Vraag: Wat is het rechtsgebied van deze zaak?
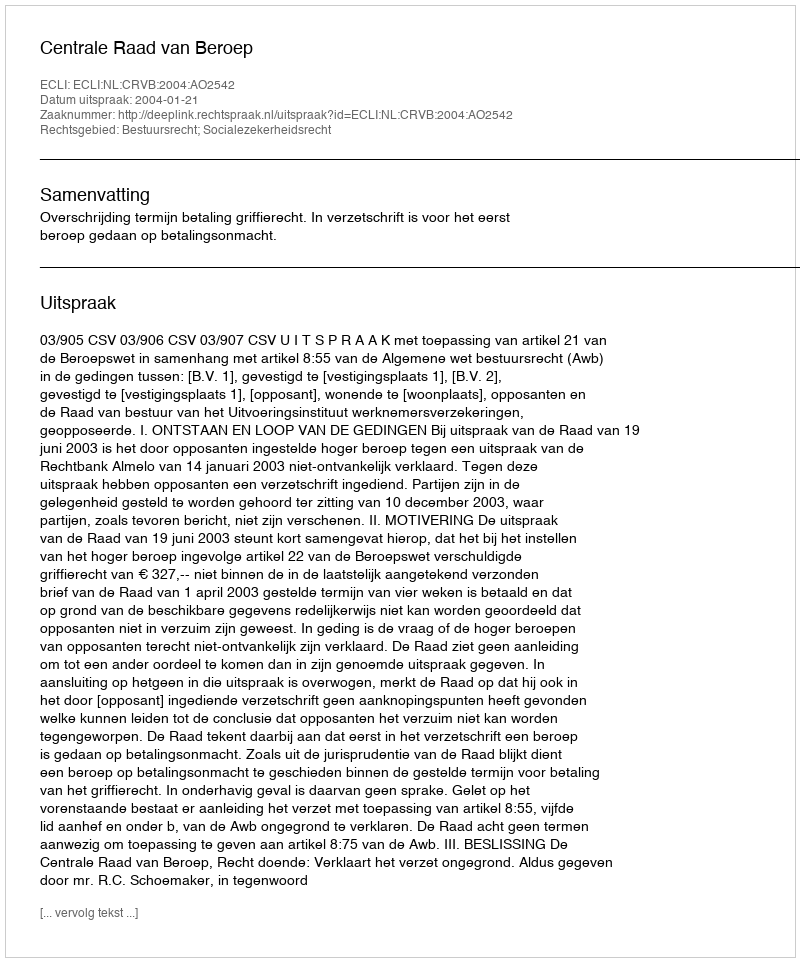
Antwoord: Bestuursrecht; Socialezekerheidsrecht